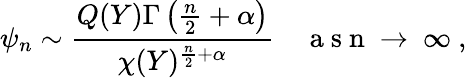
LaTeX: \psi_{n}\sim\frac{Q(Y)\Gamma\left(\frac{n}{2}+\alpha\right)}{\chi(Y)^{\frac{n}{2}+\alpha}}\quad\mathrm{~a~s~n~\to~\infty~},